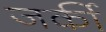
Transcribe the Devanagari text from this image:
जर्की